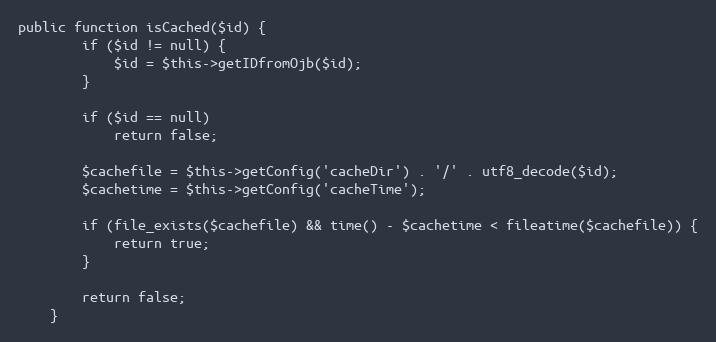
Language: PHP
public function isCached($id) {
        if ($id != null) {
            $id = $this->getIDfromOjb($id);
        }

        if ($id == null)
            return false;

        $cachefile = $this->getConfig('cacheDir') . '/' . utf8_decode($id);
        $cachetime = $this->getConfig('cacheTime');

        if (file_exists($cachefile) && time() - $cachetime < fileatime($cachefile)) {
            return true;
        }

        return false;
    }